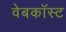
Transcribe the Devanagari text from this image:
वेबकॉस्ट